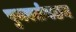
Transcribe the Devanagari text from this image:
पुनस्संगठन